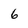
Character: 6